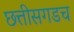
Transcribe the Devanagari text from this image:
छत्तीसगडच